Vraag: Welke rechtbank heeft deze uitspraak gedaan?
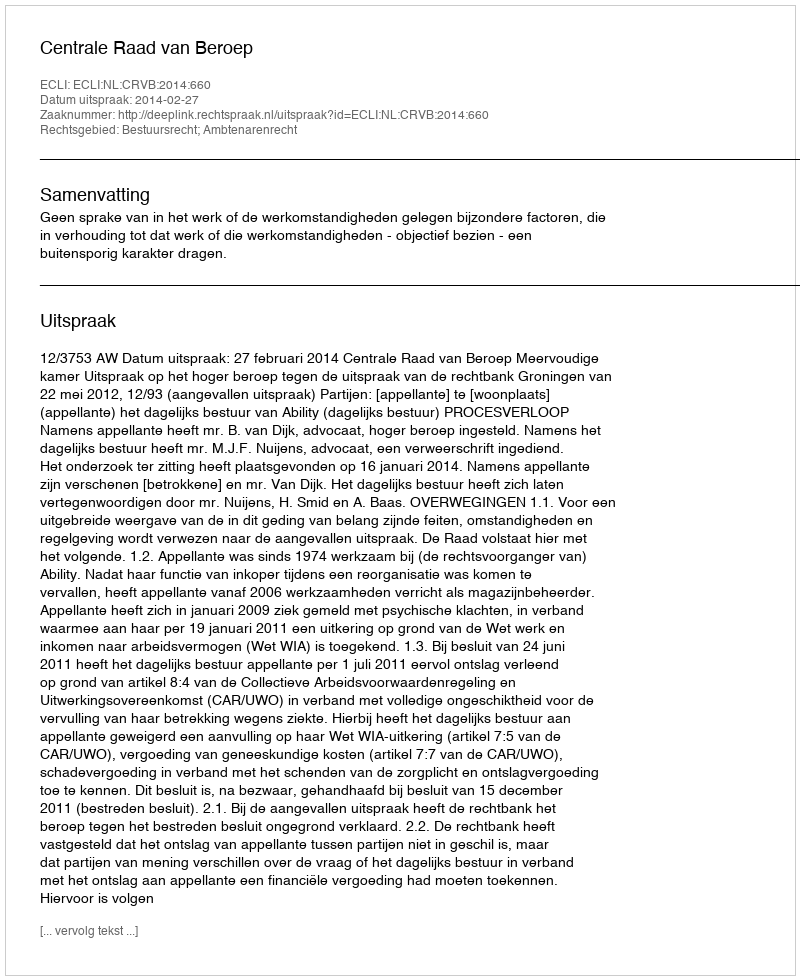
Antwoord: Centrale Raad van Beroep